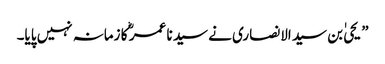
” یحیٰ بن سید الانصاری نے سید نا عمر ؓ کا زمانہ نہیں پایا۔